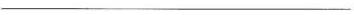
___